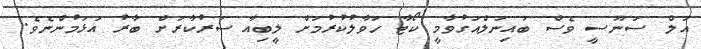
އަލް ސަނޫސީ ވެސް ބައިނަލްއަގުވާމީ ކޯޓާ ހަވާލުކުރުމަށް ލީބިއާ ސަރުކާރަށް ބާރު އަޅަމުންނެވެ.